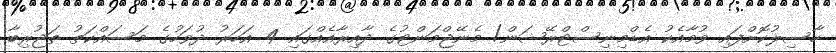
ހާސިލުކޮށްފައި ވުމާއެކު އެޑްމިނިސްޓްރޭޝަން/ މެނޭޖްމަންޓުގެ ދާއިރާއެއްގައި 4 އަހަރު ދުވަހުގެ މަސައްކަތު ތަޖުރިބާ